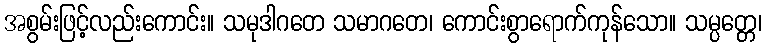
အစွမ်းဖြင့်လည်းကောင်း။ သမုဒါဂတေ သမာဂတေ၊ ကောင်းစွာရောက်ကုန်သော။ သမ္ပတ္တေ၊